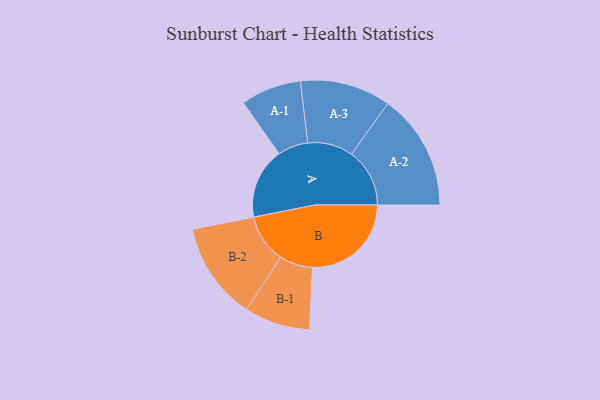
{"axis": {"x": "Segment", "y": "Value"}, "legend": ["", "A", "B"], "data": [{"x": "A", "y": 292, "type": ""}, {"x": "B", "y": 408, "type": ""}, {"x": "A-1", "y": 125, "type": "A"}, {"x": "A-2", "y": 240, "type": "A"}, {"x": "A-3", "y": 187, "type": "A"}, {"x": "B-1", "y": 136, "type": "B"}, {"x": "B-2", "y": 201, "type": "B"}]}